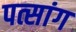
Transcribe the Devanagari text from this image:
पत्सांग